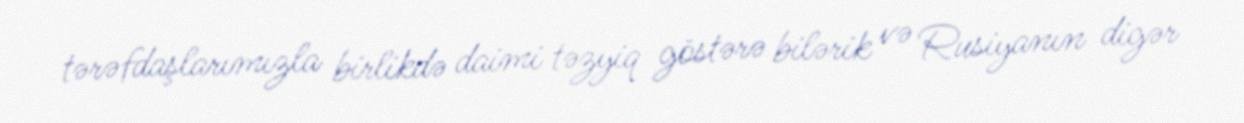
tərəfdaşlarımızla birlikdə daimi təzyiq göstərə bilərik və Rusiyanın digər